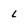
Character: l